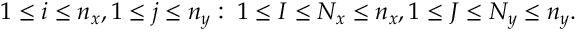
1 \le i \le n _ { x } , 1 \le j \le n _ { y } : \; 1 \le I \le N _ { x } \le n _ { x } , 1 \le J \le N _ { y } \le n _ { y } .